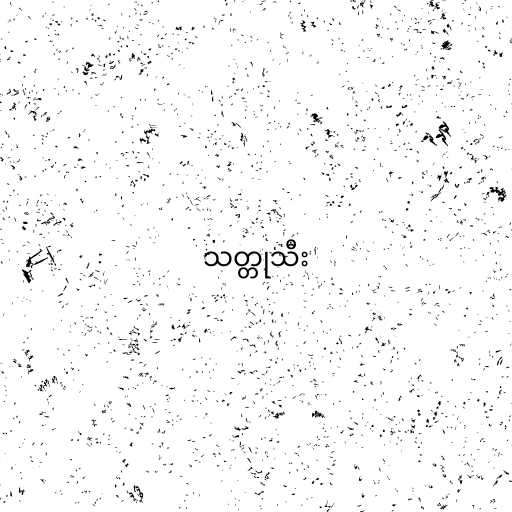
သတ္တုသီး